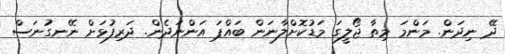
ދޭ ނިދަން. މަންމަ މިތާ ޖޯލީގަ މަޑުކޮށްލާނަން ބައްޕަ އަންނަދެން. ދަރިފުޅަށް ނޭނގުނަސް